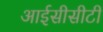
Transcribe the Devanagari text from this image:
आईसीसीटी